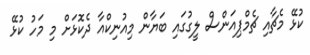
ކުޅޭ މެޗާއި ޗެމްޕިއަންސް ލީގުގައި ބަޔާން މިއުނިކްއާ ދެކޮޅަށް މި މަހު ކުޅޭ